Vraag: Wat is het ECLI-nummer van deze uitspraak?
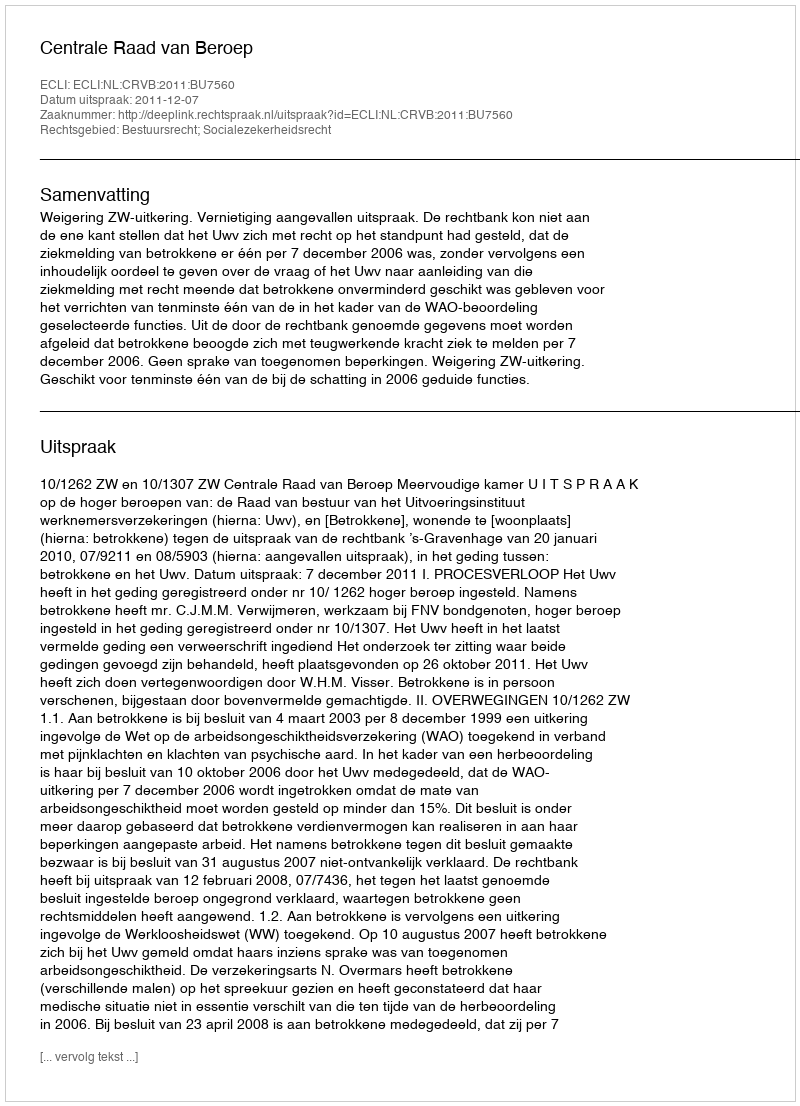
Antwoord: ECLI:NL:CRVB:2011:BU7560